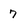
Character: 7